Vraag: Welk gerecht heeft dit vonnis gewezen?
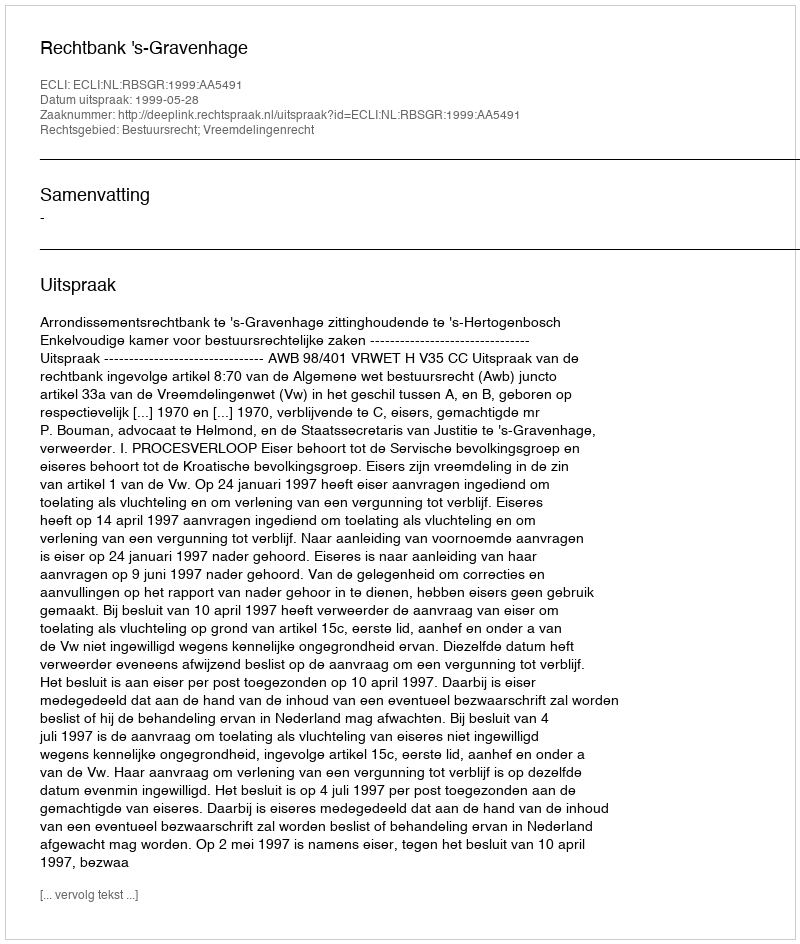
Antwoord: Rechtbank 's-Gravenhage